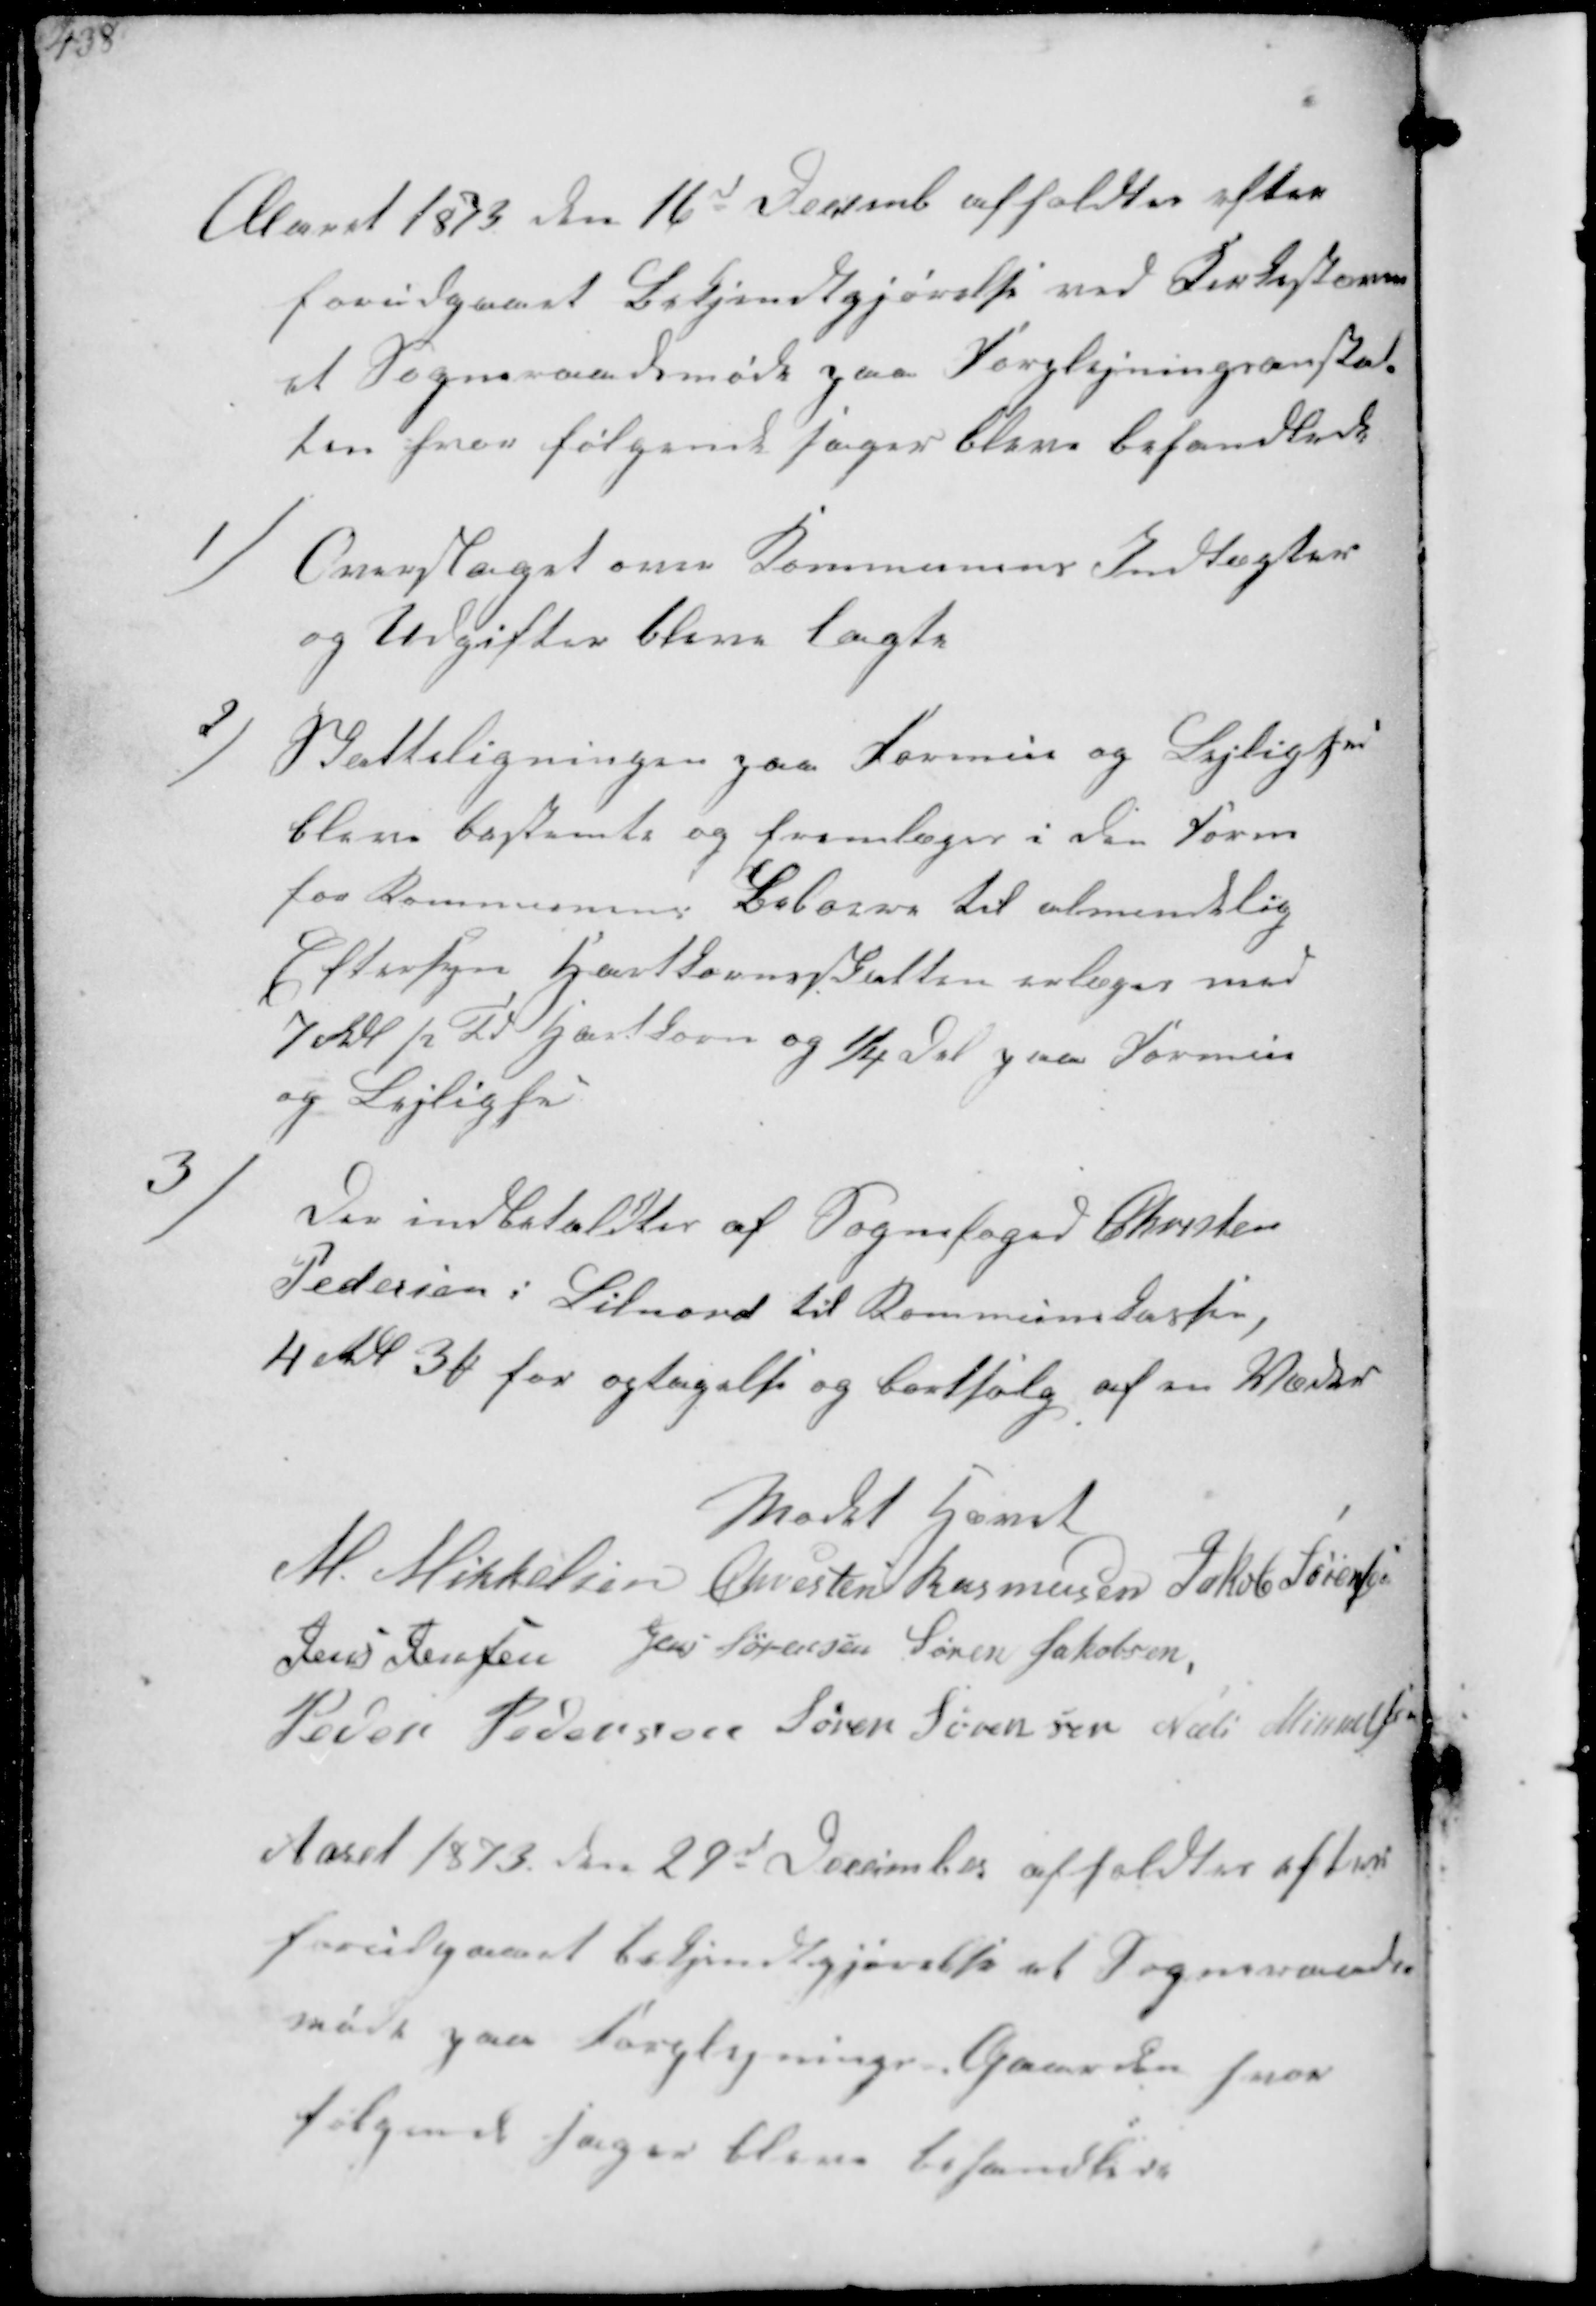
Transskription:
Aaret 1873 den 16d Decemb afholdtes efter
forudgaaet Bekjentgjørelse ved Kirketævne
et Sogneraadsmøde paa Forplejningsanstal-
ten hvor følgende sager bleve behandlede

1/
Overslaget over Kommunens Indtægter
og Udgifter bleve lagte

2/
Statteligningen paa Formue og Lejlighed
bleve bestemte og fremlæges i den Form
for Kommunen Beboere til almindlig
Eftersyn Hartkornsskatten erlæges med
7 Rdl pr. Td Hartkorn og ¼ Del paa Formue
og Lejlighed

3/
Der indbetaldtes af Sognefoged Christen
Pedersen i Lilnord til Kommunekassen,
4 Rdl 3 ₻ for optagelse og bortfølg af en Klæder

Mødet hævet
M. Mikkelsen Chresten Rasmussen Jakob Sørensen
Jens Jensen Jens Sørensen Søren Jakobsen
Peder Pedersen Søren Sørensen Niels Mikkelsen

Aaret 1873 den 29d December affoldtes efter
forudgaaet bekjendtgjørelse et Sogneraads-
møde paa forplejnings Gaarden hvor
følgende sager bleve behandlede